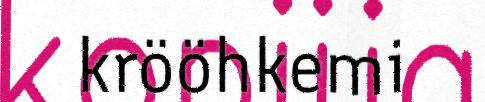
krööhkemi